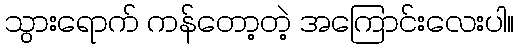
သွားရောက် ကန်တော့တဲ့ အကြောင်းလေးပါ။